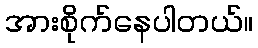
အားစိုက်နေပါတယ်။